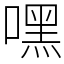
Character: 嘿